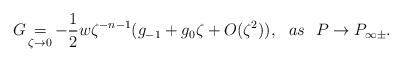
LaTeX: \begin{align*} G\mathop{=}\limits_{\zeta\rightarrow 0}-\frac{1}{2}w\zeta^{-n-1}(g_{-1}+g_{0}\zeta+O(\zeta^{2})),~~as~~P\rightarrow P_{\infty\pm}.\end{align*}